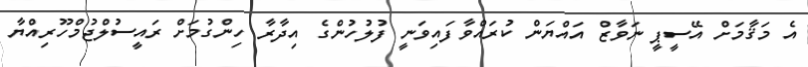
އެ މަޤާމަށް އޭސީޕީ ނަވާޒް އައްޔަން ކުރައްވާފައިވަނީ ފުލުހުންގެ އިދާރާ ހިންގުމަށް ރައީސުލްޖުމްހޫރިއްޔާ